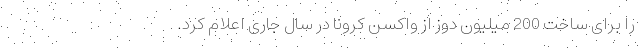
را برای ساخت 200 میلیون دوز از واکسن کرونا در سال جاری اعلام کرد.